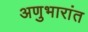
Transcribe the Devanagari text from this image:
अणुभारांत